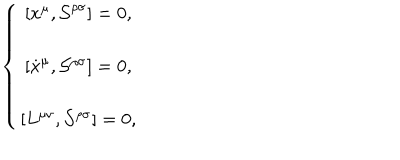
LaTeX: \left\{ \begin{array} { c } { { \left[ x ^ { \mu } , \mathcal { S } ^ { \rho \sigma } \right] = 0 , } } \\ { { \left[ \dot { x } ^ { \mu } , \mathcal { S ^ { \rho \sigma } } \right] = 0 , } } \\ { { \left[ L ^ { \mu \nu } , \mathcal { S ^ { \rho \sigma } } \right] = 0 , } } \\ \end{array} \right.